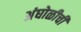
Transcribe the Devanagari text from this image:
अंघोळीची